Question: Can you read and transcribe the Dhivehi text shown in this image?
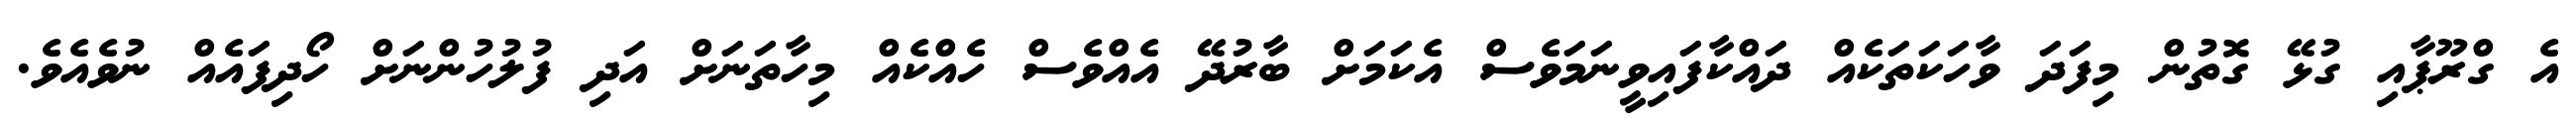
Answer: އެ ގްރޫޕާއި ގުޅޭ ގޮތުން މިފަދަ ވާހަކަތަކެއް ދައްކާފައިވީނަމަވެސް އެކަމަށް ބާރުދޭ އެއްވެސް ހެއްކެއް މިހާތަނަށް އަދި ފުލުހުންނަށް ހޯދިފައެއް ނުވެއެވެ.